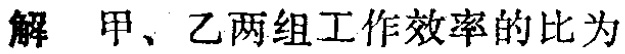
解 甲、乙两组工作效率的比为